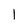
Character: I